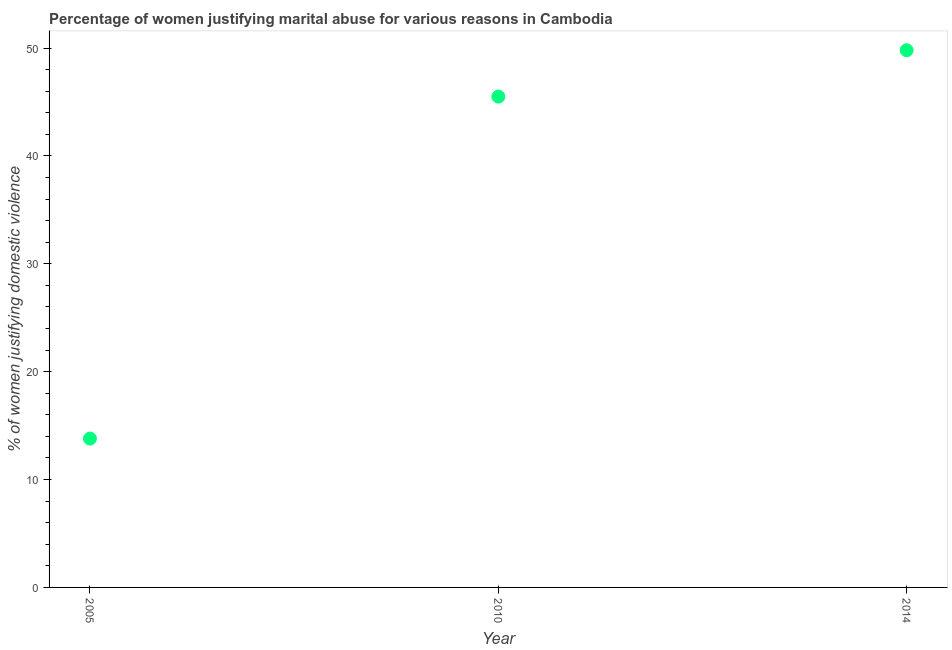
| Year | Physical abuse |
 | --- | --- |
 | 2005 | 13.8 |
 | 2010 | 45.5 |
 | 2014 | 49.8 |